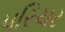
પરિચર